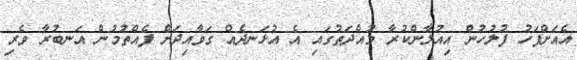
އެއަށްފަހު ފުލުހުން އިއުލާންކުރާ މުއްދަތުގައި އެ އުޅަނދެއް ގަވާއިދަށް ފެއްތުމުން އަނބުރާ ވެރި